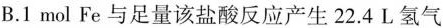
B.1mol Fe与足量该盐酸反应产生22.4L氢气